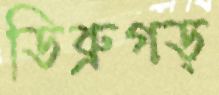
ডিব্রুগড়